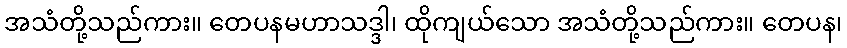
အသံတို့သည်ကား။ တေပနမဟာသဒ္ဒါ၊ ထိုကျယ်သော အသံတို့သည်ကား။ တေပန၊